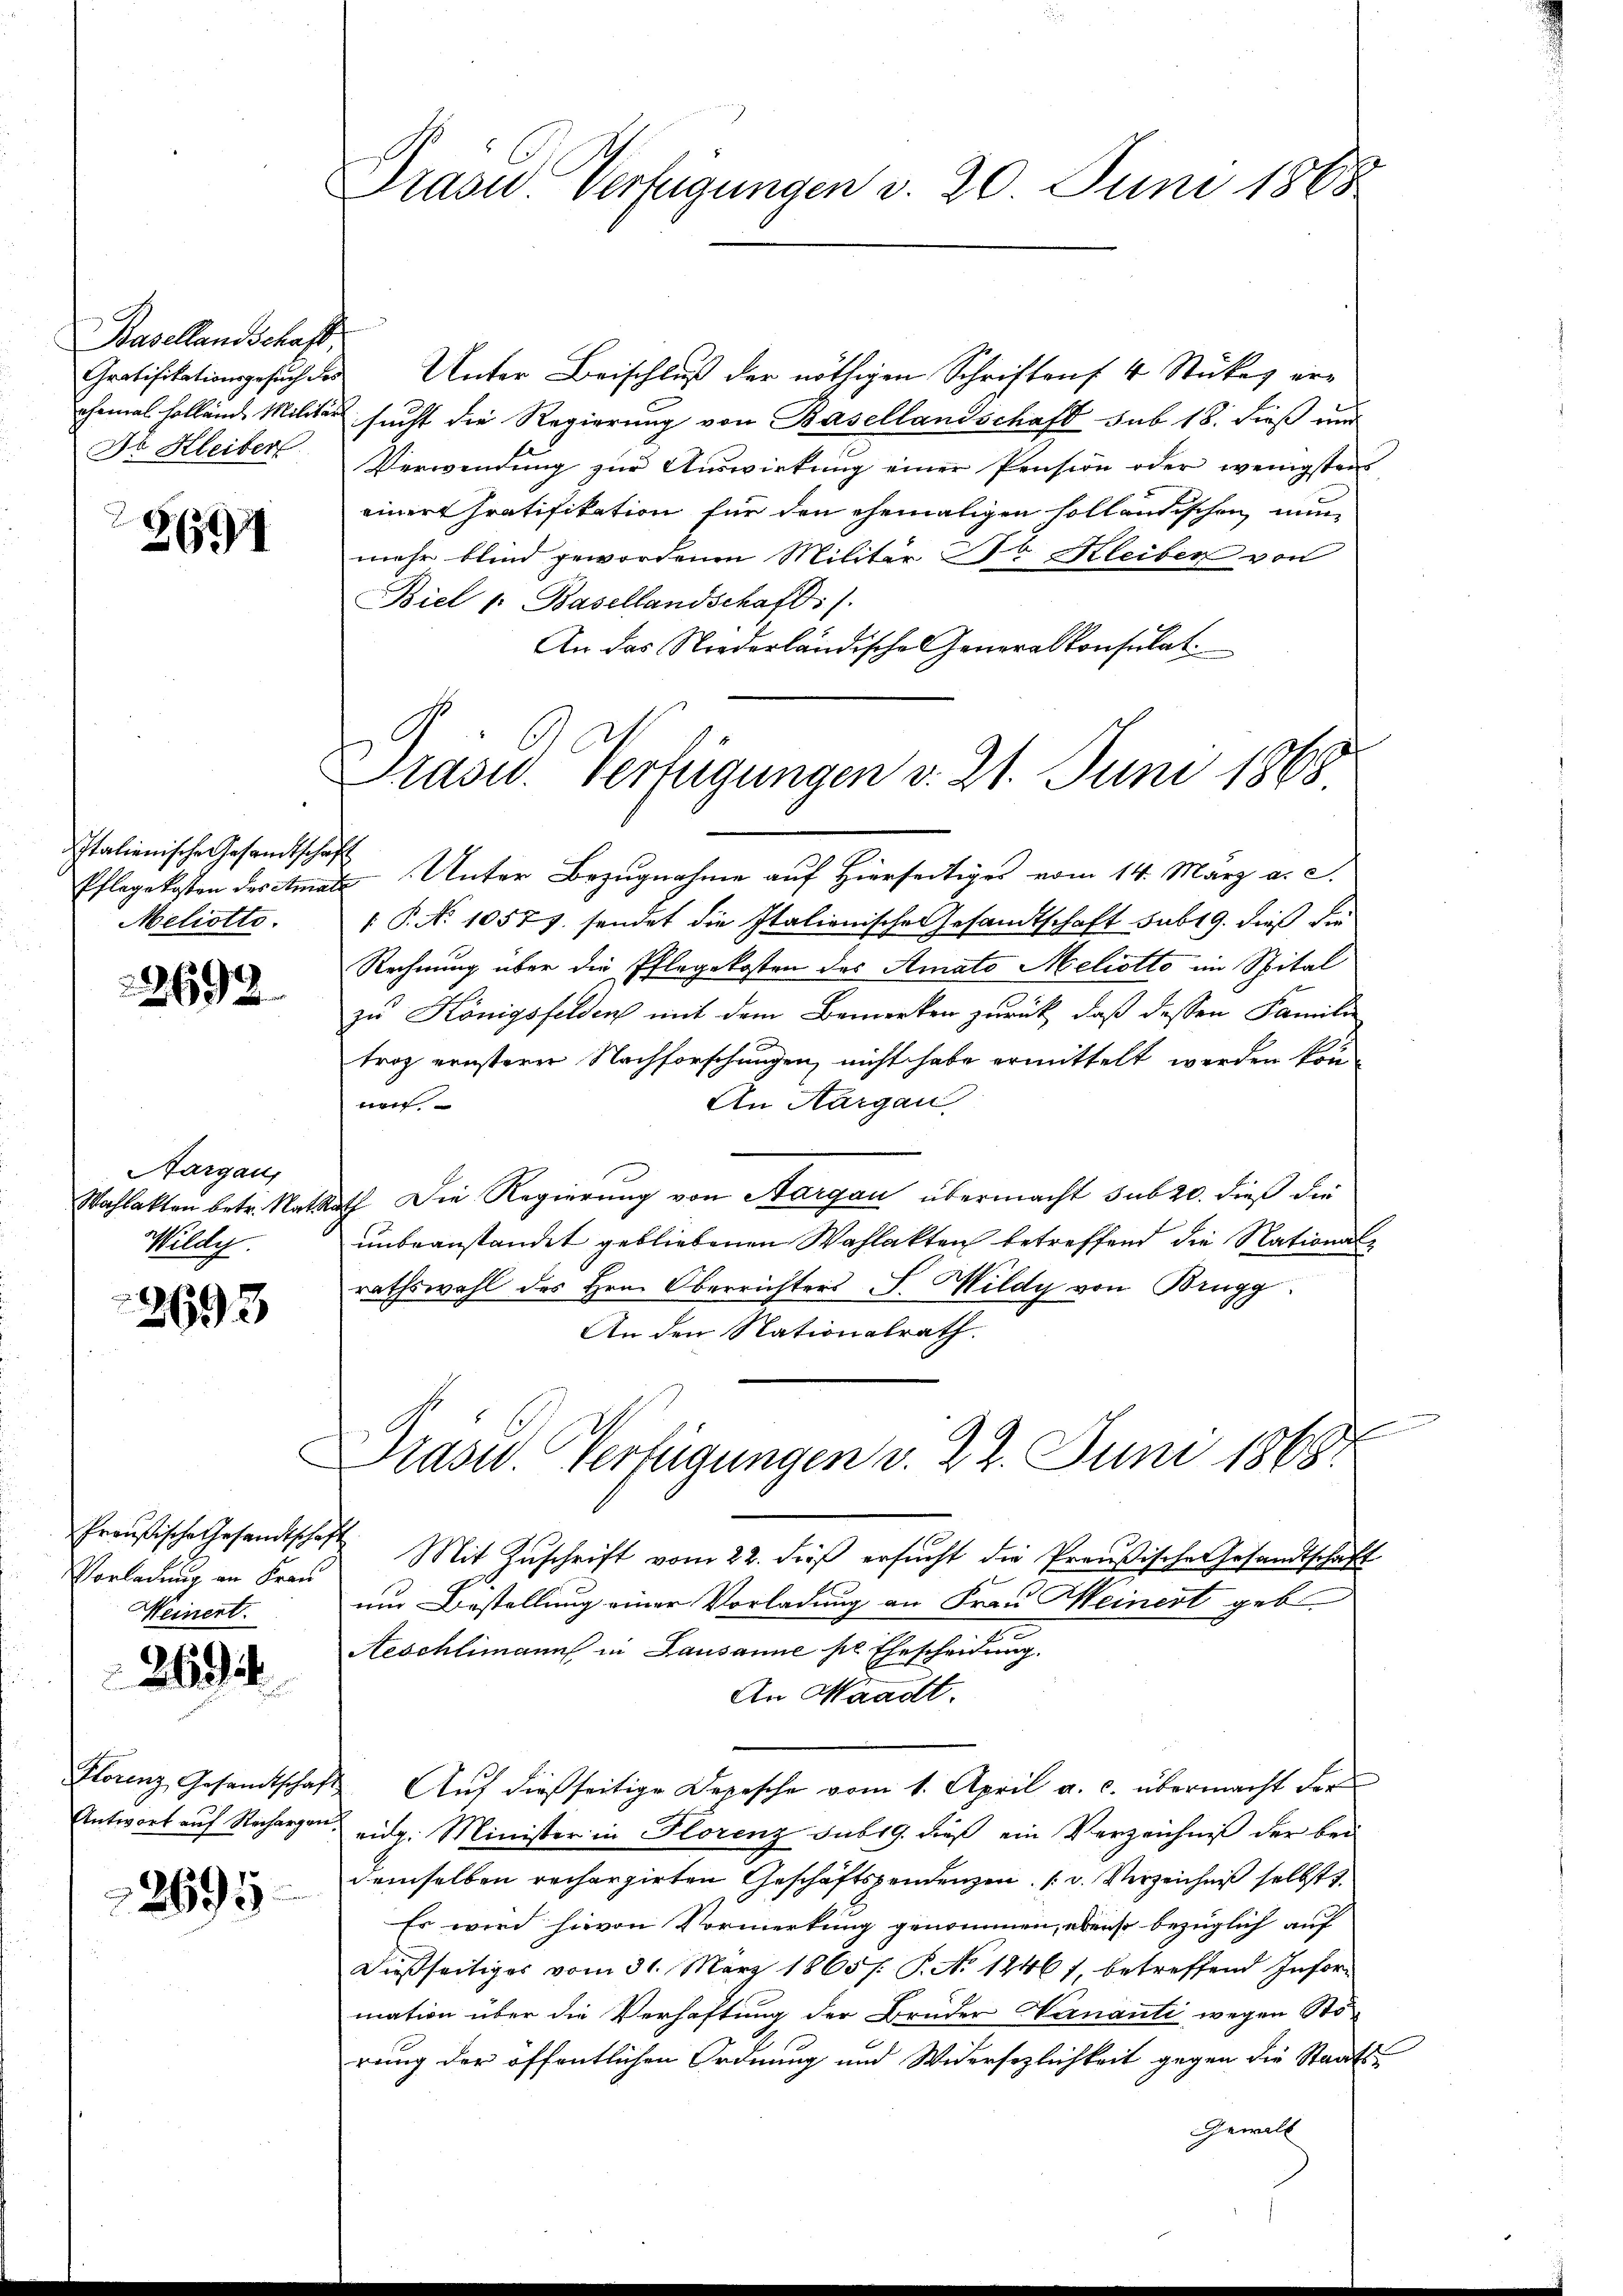
Basellandschaft
Dr Kleiber

2691

Italienische Gesandtschaft
Meliotto.

22693.

Aargaus
Mildy.

2693

Vorladung an Frau
Weinert.

2694

Florenz, Gesandtschaf

2695

Präsid. Verfügungen d. 20. Juni 1868.

Gratifikationsgesuch des Unter Beischluß der nöthigen Schriften 4 Stückes erehemal hollend Militär sucht die Regierung von Basellandschaft sub 18. dieß und
Verwendung zur Auswirkung einer Pension oder wenigsten
einer Gratifikation für den ehemaligen solländischen nun
mehr blind gewordenen Militär Dr Kleiber von
Biel 1. Basellandschaft).
An das Niederländische Generalkonsulat

Präsid. Verfügungen v. 21. Juni 1868.

Pflegekosten des Amate Unter Bezugnahme auf Hierseitiges vom 14. März a. a.
 P. No 10577. sendet die Italienische Gesandtschaft sub 19. dieß die
Rechnung über die Pflegekosten des Amato Meliotto im Spital
zu Königsfelden mit dem Bemerken zurück, daß dessen Familie
trag ernsterer Nachforschungen, nicht habe ermittelt werden könn
An Aargau
nen
Wahlakten betr. Natrath Die Regierung von Aargau übermacht sub 20. dieß die
unbeanstandet gebliebenen Wahlakten betreffend die Nationalrathswahl des Hrn. Oberrichters S. Mildy von Brugg
An den Nationalrath.
.
Preußische Gesandtschaft. Mit Zŭschrift vom 22. des ersucht die Preußische Gesandtschaft
um Bestellung einer Vorladung an Frau Meinert geb
Aeschlimanns in Lausanne sel. Ehescheidung
An Waadt.
2. Auf dießseitige Depesche vom 1. April a. c. übermacht der
Antwort auf Rechargen eidg. Minister in Florenz sub 19. dieß ein Verzeichniß der bei
demselben rechargirten Geschäftspendenzen. (v. Verzeichniß selbst d.
Es wird hievon Vormerkung genommen, ebenso bezüglich auf
dießseitiges vom 31. März 1865/. P. No 1246), betreffend Infor-
mation über die Verhaftung der Brüder Vernanti wegen Störung der öffentlichen Ordnung und Widersezlichkeit gegen die Staats¬
Gewill

Präsid. Verfügungen v. 22. Juni 1868.